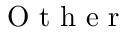
\mathrm { ~ O ~ t ~ h ~ e ~ r ~ }